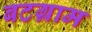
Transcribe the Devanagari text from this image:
बटग्राम